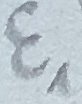
Text: E1